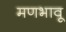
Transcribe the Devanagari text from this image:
मणभावू